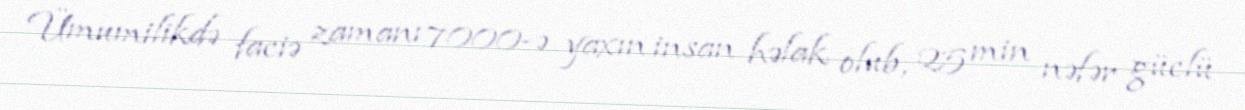
Ümumilikdə faciə zamanı 7000-ə yaxın insan həlak olub, 25 min nəfər güclü